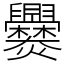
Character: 爨